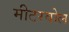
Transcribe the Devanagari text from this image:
मीटरवोल